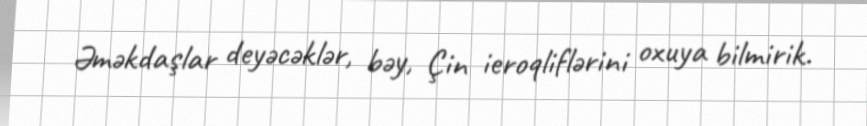
Əməkdaşlar deyəcəklər, bəy, Çin ieroqliflərini oxuya bilmirik.